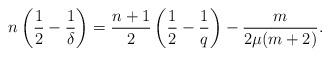
LaTeX: \begin{align*} n\left(\frac 1 2 -\frac 1 \delta\right)=\frac {n+1} 2\left(\frac 1 2 -\frac 1 q\right) -\frac m {2\mu (m+2)}.\end{align*}